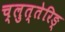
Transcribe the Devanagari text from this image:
च्लुत्तेरिङ्